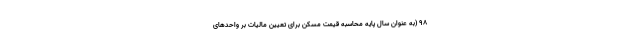
۹۸ (به عنوان سال پایه محاسبه قیمت مسکن برای تعیین مالیات بر واحدهای